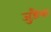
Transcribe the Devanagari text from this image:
जुड़ैया